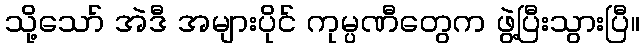
သို့သော် အဲဒီ အများပိုင် ကုမ္ပဏီတွေက ဖွဲ့ပြီးသွားပြီ။